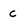
Character: c